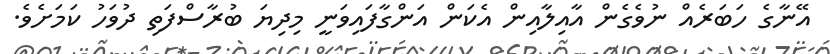
އޭނާގެ ހަބަރެއް ނުވެގެން އާއިލާއިން އެކަން އަންގާފައިވަނީ މިދިޔަ ބުރާސްފަތި ދުވަހު ކަމަށެވެ.